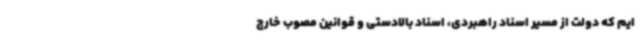
ایم که دولت از مسیر اسناد راهبردی، اسناد بالادستی و قوانین مصوب خارج